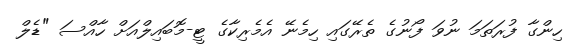
ހިންގާ ފުރަތަމަ ނުވަ ފޯނުގެ ތެރޭގައި ހިމެނޭ އެމެރިކާގެ ޓީ-މޮބައިލްއަށް ހާއްސަ "ޑެލް